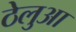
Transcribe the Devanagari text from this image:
ठेलुआ